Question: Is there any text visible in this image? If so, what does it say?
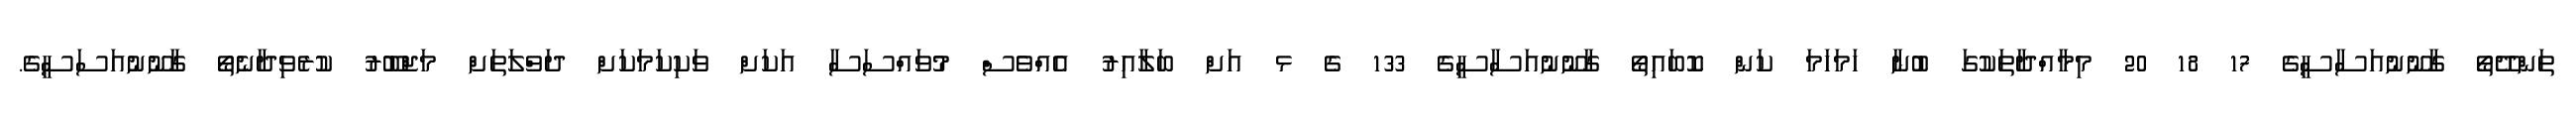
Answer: ތަންދޭތޯ ގާނޫނުއަސާސީގެ 17 18 20 މިމާއްދާތަކުގަ ބުނާ ހަމަހަމަ ކަން ކޮބައިތޯ ގާނޫނުއަސާސީގެ 133 ގެ ޅ އަށް ބަލާއިރު އެއްވެސް މުވައްސަސާ އަކަށް ވަކިކަމަކަށް ދަވްލަތަށް މަޖްބޫރު ކުރެވިދާނެތޯ ގާނޫނުއަސަސީގެ.